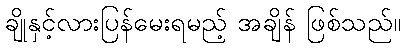
ချိုနှင့်လားပြန်မေးရမည့် အချိန် ဖြစ်သည်။